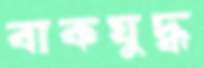
বাকযুদ্ধ